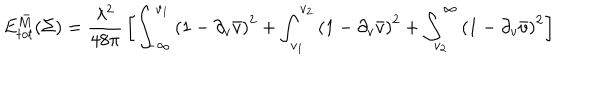
E _ { t o t } ^ { \bar { M } } ( \Sigma ) = { \frac { \lambda ^ { 2 } } { 4 8 \pi } } \left[ \int _ { - \infty } ^ { v _ { 1 } } \left( 1 - \partial _ { v } \bar { v } \right) ^ { 2 } + \int _ { v _ { 1 } } ^ { v _ { 2 } } \left( 1 - \partial _ { v } \bar { v } \right) ^ { 2 } + \int _ { v _ { 2 } } ^ { \infty } \left( 1 - \partial _ { v } \bar { v } \right) ^ { 2 } \right]